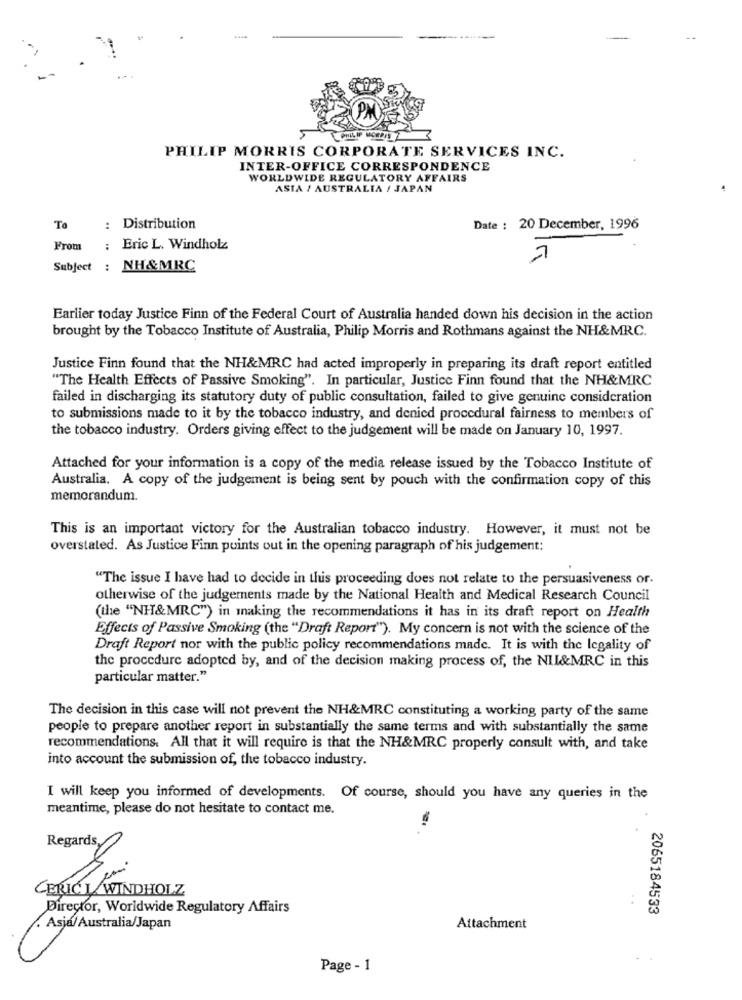
PHILIP MORRIS CORPORATE SERVICES INC.
INTER-OFFICE CORRESPONDENCE
WORLDWIDE REGULATORY AFFAIRS
ASIA / AUSTRALIA / JAPAN
To
: Distribution
Date : 20 December, 1996
From : Eric L. Windholz
7
Subject : NH&MRC
Earlier today Justice Finn of the Federal Court of Australia handed down his decision in the action
brought by the Tobacco Institute of Australia, Philip Morris and Rothmans against the NH&MRC.
Justice Finn found that the NH&MRC had acted improperly in preparing its draft report entitled
"The Health Effects of Passive Smoking". In particular, Justice Finn found that the NH&MRC
failed in discharging its statutory duty of public consultation, failed to give genuine consideration
to submissions made to it by the tobacco industry, and denied procedural fairness to members of
the tobacco industry. Orders giving effect to the judgement will be made on January 10, 1997.
Attached for your information is a copy of the media release issued by the Tobacco Institute of
Australia. A copy of the judgement is being sent by pouch with the confirmation copy of this
memorandum.
This is an important victory for the Australian tobacco industry. However, it must not be
overstated. As Justice Finn points out in the opening paragraph of his judgement:
"The issue I have had to decide in this proceeding does not relate to the persuasiveness or.
otherwise of the judgements made by the National Health and Medical Research Council
(the "NH&MRC") in making the recommendations it has in its draft report on Health
Effects of Passive Smoking (the "Draft Report"). My concern is not with the science of the
Draft Report nor with the public policy recommendations made. It is with the legality of
the procedure adopted by, and of the decision making process of, the NII&MRC in this
particular matter."
The decision in this case will not prevent the NH&MRC constituting a working party of the same
people to prepare another report in substantially the same terms and with substantially the same
recommendations. All that it will require is that the NH&MRC properly consult with, and take
into account the submission of, the tobacco industry.
I will keep you informed of developments. Of course, should you have any queries in the
meantime, please do not hesitate to contact me.
Regardsy
CERICT WINDHOLZ
Director, Worldwide Regulatory Affairs
2065184533
. Asja/ Australia/Japan
Attachment
Page - 1